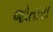
જોતારા